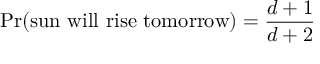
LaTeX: \operatorname* { P r } ( { \mathrm { s u n ~ w i l l ~ r i s e ~ t o m o r r o w } } ) = { \frac { d + 1 } { d + 2 } }